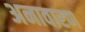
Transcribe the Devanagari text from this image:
अनावारण